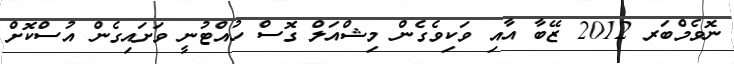
ނޮވެމްބަރ 2012 ޒޭބާ އާއި ވަކިވެގެން މިޝްއަލް ގޮސް ހުއްޓުނީ ވަށައިގެން އުސްކޮށް